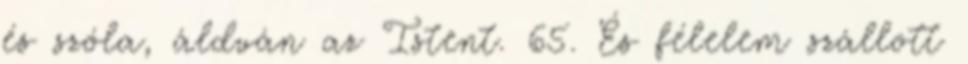
és szóla, áldván az Istent. 65. És félelem szállott